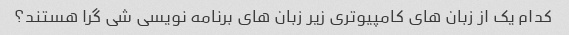
کدام یک از زبان های کامپیوتری زیر زبان های برنامه نویسی شی گرا هستند؟